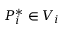
P _ { i } ^ { * } \in V _ { i }